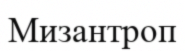
Мизантроп